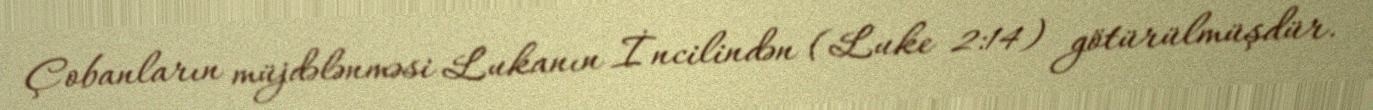
Çobanların müjdələnməsi Lukanın İncilindən (Luke 2:14) götürülmüşdür.